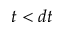
t < d t